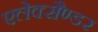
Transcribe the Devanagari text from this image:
एलेक्सैण्डर